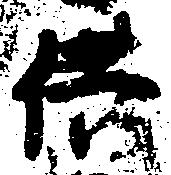
供